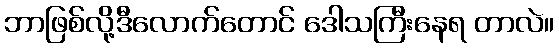
ဘာဖြစ်လို့ဒီလောက်တောင် ဒေါသကြီးနေရ တာလဲ။